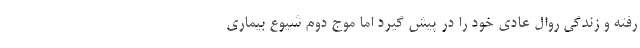
رفته و زندگی روال عادی خود را در پیش گیرد اما موج دوم شیوع بیماری